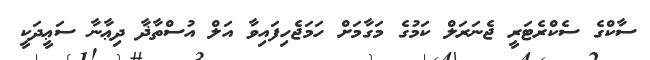
ސާކްގެ ސެކްރެޓަރީ ޖެނަރަލް ކަމުގެ މަގާމަށް ހަމަޖެހިފައިވާ އަލް އުސްތާޛާ ދިޢާނާ ސަޢީދަކީ